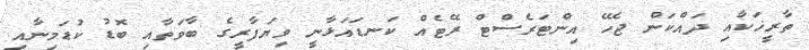
ތާރީޚަކާއި ދައްކަން ޖެހޭ އިންޓަރެސްޓް ރޭޓެއް ކަނޑައަޅާނީ ވިޔަފާރީގެ ބާވަތާއި ބޮޑު ކުޑަމިނާއި